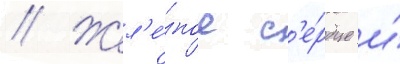
// Жел'е́зное с'е́рдце и́